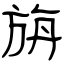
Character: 旃